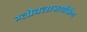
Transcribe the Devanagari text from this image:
ग्लोबलाजयझिंग